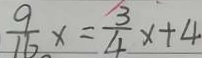
\frac { 9 } { 1 6 } x = \frac { 3 } { 4 } x + 4